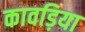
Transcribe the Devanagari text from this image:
कावड़िया